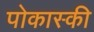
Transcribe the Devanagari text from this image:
पोकास्की